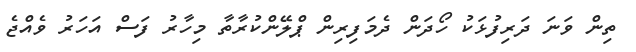
ތިން ވަނަ ދަރިފުޅަކު ހޯދަން ދެމަފިރިން ޕްލޭންކުރާތާ މިހާރު ފަސް އަހަރު ވެއްޖެ